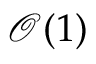
\mathcal { O } ( 1 )